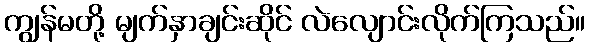
ကျွန်မတို့ မျက်နှာချင်းဆိုင် လဲလျောင်းလိုက်ကြသည်။